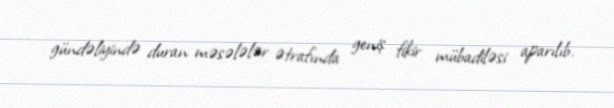
gündəliyində duran məsələlər ətrafında geniş fikir mübadiləsi aparılıb.